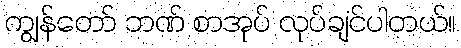
ကျွန်တော် ဘဏ် စာအုပ် လုပ်ချင်ပါတယ်။